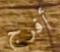
أفرج